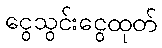
ငွေသွင်းငွေထုတ်